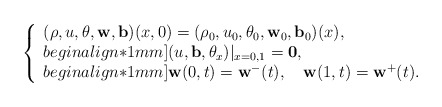
\begin{align*}\left\{\begin{array}{lllllll}(\rho,u,\theta, \mathbf{w},\mathbf{b})(x,0)=(\rho_0,u_0,\theta_0,\mathbf{w}_0,\mathbf{b}_0)(x),\\begin{align*}1mm](u, \mathbf{b},\theta_x)|_{x=0, 1}=\mathbf{0},\\begin{align*}1mm]\mathbf{w}(0,t)=\mathbf{w}^-(t),\quad\mathbf{w}(1,t)=\mathbf{w}^+(t).\end{array}\right.\end{align*}